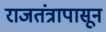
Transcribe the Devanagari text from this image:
राजतंत्रापासून